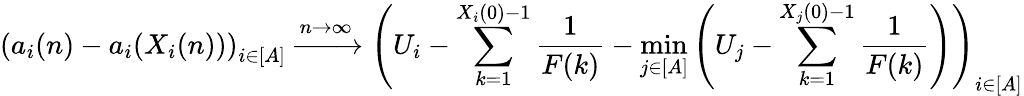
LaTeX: \left(a_{i}(n)-a_{i}(X_{i}(n))\right)_{i\in[A]}\xrightarrow{n\to\infty}\left(U_{i}-\sum_{k=1}^{X_{i}(0)-1}\frac{1}{F(k)}-\operatorname*{min}_{j\in[A]}\left(U_{j}-\sum_{k=1}^{X_{j}(0)-1}\frac{1}{F(k)}\right)\right)_{i\in[A]}